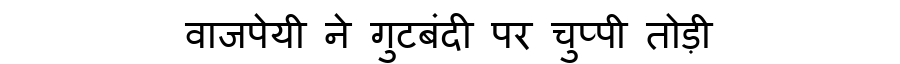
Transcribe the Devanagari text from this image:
वाजपेयी ने गुटबंदी पर चुप्पी तोड़ी